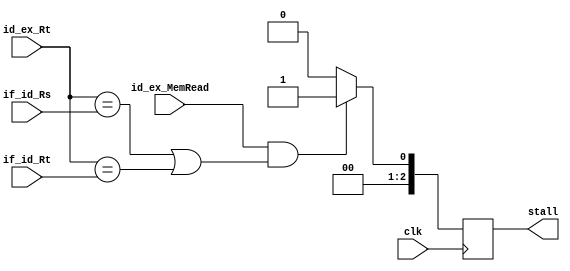
`timescale 1ns / 1ps
//////////////////////////////////////////////////////////////////////////////////
// Company: 
// Engineer: 
// 
// Design Name: 
// Module Name: stalling_unit
// Project Name: 
// Target Devices: 
// Tool Versions: 
// Description: 
// 
// Dependencies: 
// 
// Revision:
// Revision 0.01 - File Created
// Additional Comments:
// 
//////////////////////////////////////////////////////////////////////////////////


module stalling_unit(
	input clk, id_ex_MemRead,
	input [4:0] if_id_Rs, if_id_Rt, id_ex_Rt,
	output reg [2:0] stall
	);
	
	always@ (posedge clk) begin
		if(id_ex_MemRead & ((id_ex_Rt == if_id_Rs) | (id_ex_Rt == if_id_Rt)))
			stall <= 1;
		else
			stall <= 0;
	end
	
	/*reg check;
	
	always@(*)
	check <= id_ex_MemRead & ((id_ex_Rt == if_id_Rs) | (id_ex_Rt == if_id_Rt));
	
	always@(*) begin
	if(check)
			stall <= 1;
		else
			stall <= 0;
	end*/
			
	//assign stall = (id_ex_MemRead && ((id_ex_Rt == if_id_Rs) || (id_ex_Rt == if_id_Rt)))? 1:0;
	
endmodule